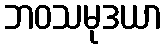
ဘဝသမုဒယာ